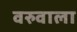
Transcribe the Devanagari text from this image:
वरुवाला